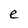
Character: e